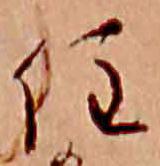
住